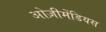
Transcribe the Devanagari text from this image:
ओज़ीमेंडियस